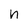
Character: n